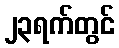
၂၃ရက်တွင်